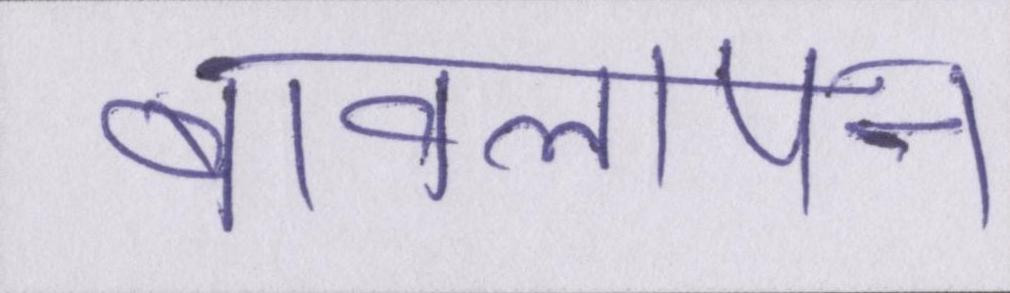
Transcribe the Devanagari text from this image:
बावलापन